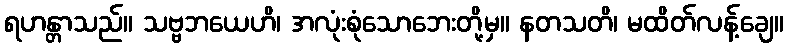
ရဟန္တာသည်။ သဗ္ဗဘယေဟိ၊ အလုံးစုံသောဘေးတို့မှ။ နတသတိ၊ မထိတ်လန့်ချေ။